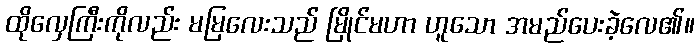
ထိုလှေကြီးကိုလည်း မမြလေးသည် မြိုင်မဟာ ဟူသော အမည်ပေးခဲ့လေ၏။